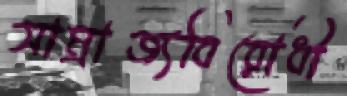
সাম্রাজ্যবিরোধী